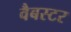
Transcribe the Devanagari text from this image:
वैबस्टर